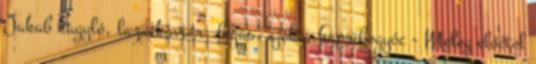
Jakab kagyló, lazackaviár, fogas, ajóka, kapribogyóc - Meleg előétel